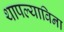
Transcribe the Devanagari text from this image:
थापल्याविना